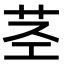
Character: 茎